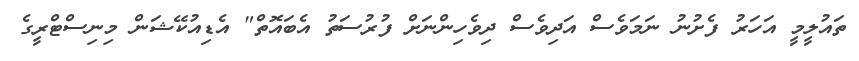
ތައުލީމީ އަހަރު ފެށުނު ނަމަވެސް އަދިވެސް ދިވެހިންނަށް ފުރުސަތު އެބައޮތް" އެޑިއުކޭޝަން މިނިސްޓްރީގެ